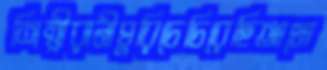
শিল্পীরানীঘুরিচেচিরেছিআমো